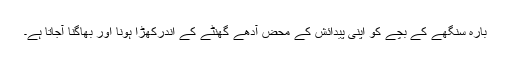
بارہ سنگھے کے بچے کو اپنی پیدائش کے محض آدھے گھنٹے کے اندرکھڑا ہونا اور بھاگنا آجاتا ہے۔